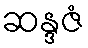
ဆန္ဒဇံ